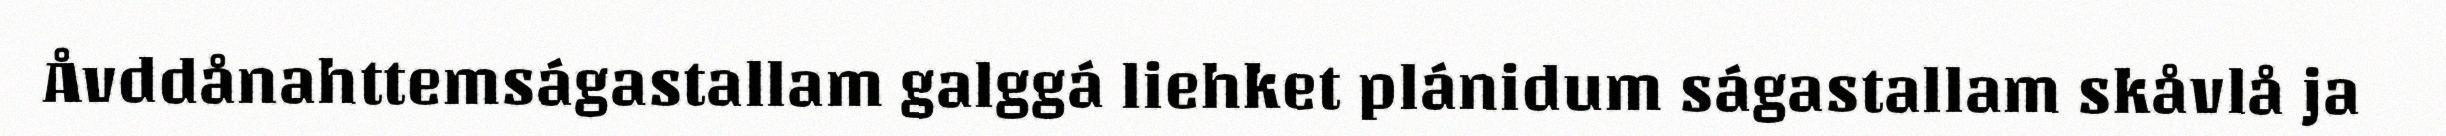
Åvddånahttemságastallam galggá liehket plánidum ságastallam skåvlå ja